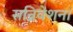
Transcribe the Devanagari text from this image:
सन्निवेशन।